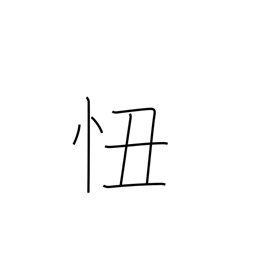
Meaning: shame